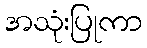
အသုံးပြုကာ